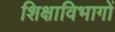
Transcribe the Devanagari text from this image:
शिक्षाविभागों